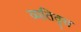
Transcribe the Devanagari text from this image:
व्यतिवृत्त